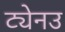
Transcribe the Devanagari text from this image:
ट्येनउ